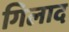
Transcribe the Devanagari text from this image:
गिलाद